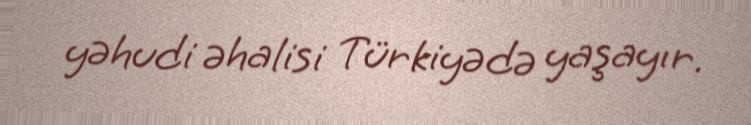
yəhudi əhalisi Türkiyədə yaşayır.